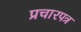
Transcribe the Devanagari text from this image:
प्रचारपत्र